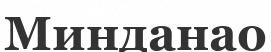
Минданао